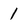
Character: 1